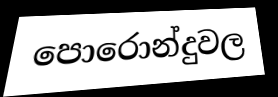
පොරොන්දුවල